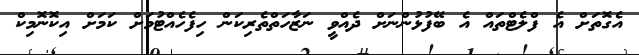
އެގޮތަށް އެ ފްލެޓްތައް އެ ބޭފުޅުންނަށް ދެއްވީ ނަޒާހަތްތެރިކަން ހިފެހެއްޓުމަށް ކަމަށް އިކޮނޮމިކް